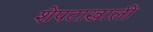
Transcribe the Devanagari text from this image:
शेपटाखाली